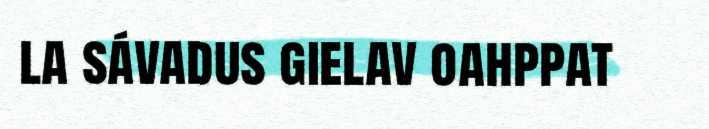
la sávadus gielav oahppat